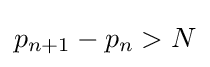
p_{n+1}-p_{n}>N